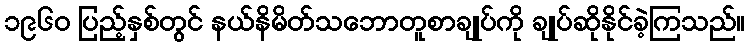
၁၉၆၀ ပြည့်နှစ်တွင် နယ်နိမိတ်သဘောတူစာချုပ်ကို ချုပ်ဆိုနိုင်ခဲ့ကြသည်။